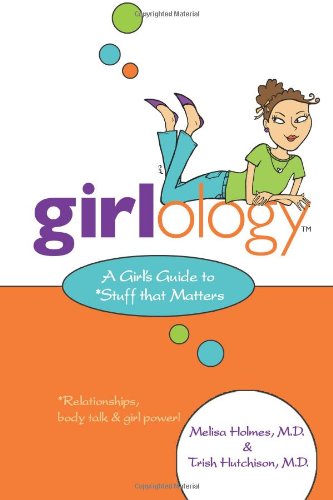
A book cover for Girlology: A Girl's Guide to Stuff that Matters; Melisa Holmes; Teen & Young Adult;